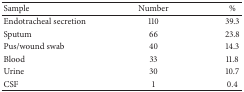
| Sample | Number | % |
 | --- | --- | --- |
 | Endotracheal secretion | 110 | 39.3 |
 | Sputum | 66 | 23.8 |
 | Pus/wound swab | 40 | 14.3 |
 | Blood | 33 | 11.8 |
 | Urine | 30 | 10.7 |
 | CSF | 1 | 0.4 |